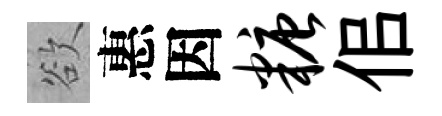
欲惠因糖佀